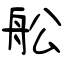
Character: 舩